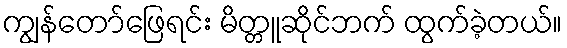
ကျွန်တော်ဖြေရင်း မိတ္တူဆိုင်ဘက် ထွက်ခဲ့တယ်။